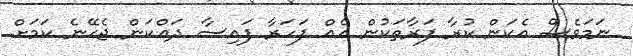
ނަމަވެސް އެކަން ކުރާ ފަރާތަކުން އެއް ފަހަރާ ފައިސާ ދައްކަން ޖެހޭނެ ކަމަށް